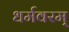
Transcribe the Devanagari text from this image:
धर्मवरम्